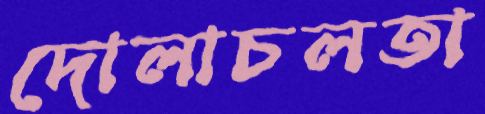
দোলাচলতা